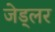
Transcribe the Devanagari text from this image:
जेड्लर